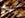
ربع